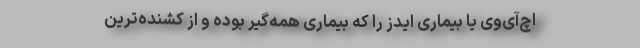
اچ‌آی‌وی یا بیماری ایدز را که بیماری همه‌گیر بوده و از کشنده‌ترین